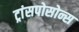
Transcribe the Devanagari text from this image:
ट्रांसपोसोन्स